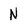
Character: N